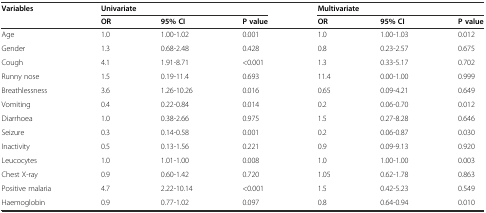
<table><thead><tr><td><b>Variables</b></td><td colspan="3"><b>Univariate</b></td><td colspan="3"><b>Multivariate</b></td></tr><tr><td></td><td><b>OR</b></td><td><b>95% CI</b></td><td><b>P value</b></td><td><b>OR</b></td><td><b>95% CI</b></td><td><b>P value</b></td></tr></thead><tbody><tr><td>Age</td><td>1.0</td><td>1.00-1.02</td><td>0.001</td><td>1.0</td><td>1.00-1.03</td><td>0.012</td></tr><tr><td>Gender</td><td>1.3</td><td>0.68-2.48</td><td>0.428</td><td>0.8</td><td>0.23-2.57</td><td>0.675</td></tr><tr><td>Cough</td><td>4.1</td><td>1.91-8.71</td><td>&lt;0.001</td><td>1.3</td><td>0.33-5.17</td><td>0.702</td></tr><tr><td>Runny nose</td><td>1.5</td><td>0.19-11.4</td><td>0.693</td><td>11.4</td><td>0.00-1.00</td><td>0.999</td></tr><tr><td>Breathlessness</td><td>3.6</td><td>1.26-10.26</td><td>0.016</td><td>0.65</td><td>0.09-4.21</td><td>0.649</td></tr><tr><td>Vomiting</td><td>0.4</td><td>0.22-0.84</td><td>0.014</td><td>0.2</td><td>0.06-0.70</td><td>0.012</td></tr><tr><td>Diarrhoea</td><td>1.0</td><td>0.38-2.66</td><td>0.975</td><td>1.5</td><td>0.27-8.28</td><td>0.646</td></tr><tr><td>Seizure</td><td>0.3</td><td>0.14-0.58</td><td>0.001</td><td>0.2</td><td>0.06-0.87</td><td>0.030</td></tr><tr><td>Inactivity</td><td>0.5</td><td>0.13-1.56</td><td>0.221</td><td>0.9</td><td>0.09-9.13</td><td>0.920</td></tr><tr><td>Leucocytes</td><td>1.0</td><td>1.01-1.00</td><td>0.008</td><td>1.0</td><td>1.00-1.00</td><td>0.003</td></tr><tr><td>Chest X-ray</td><td>0.9</td><td>0.60-1.42</td><td>0.720</td><td>1.05</td><td>0.62-1.78</td><td>0.863</td></tr><tr><td>Positive malaria</td><td>4.7</td><td>2.22-10.14</td><td>&lt;0.001</td><td>1.5</td><td>0.42-5.23</td><td>0.549</td></tr><tr><td>Haemoglobin</td><td>0.9</td><td>0.77-1.02</td><td>0.097</td><td>0.8</td><td>0.64-0.94</td><td>0.010</td></tr></tbody></table>